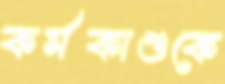
কর্মকাণ্ডকে